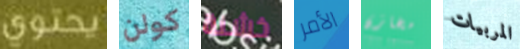
يحتوي كولن خشنة الأمر مخازن المربيات